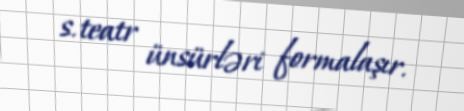
s. teatr ünsürləri formalaşır.